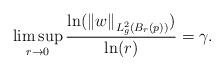
LaTeX: \begin{align*}\limsup\limits_{r\rightarrow 0} \frac{\ln(\left\| w \right\|_{L^2_g(B_{r}(p))})}{\ln(r)} = \gamma.\end{align*}